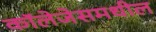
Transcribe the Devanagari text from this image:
कॉलेजेसमधील